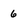
Character: 6